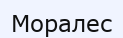
Моралес